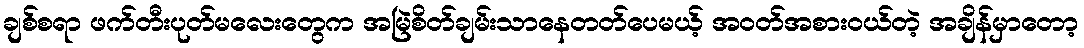
ချစ်စရာ ဖက်တီးပုတ်မလေးတွေက အမြဲစိတ်ချမ်းသာနေတတ်ပေမယ့် အဝတ်အစားဝယ်တဲ့ အချိန်မှာတော့